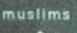
muslims